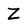
Character: Z